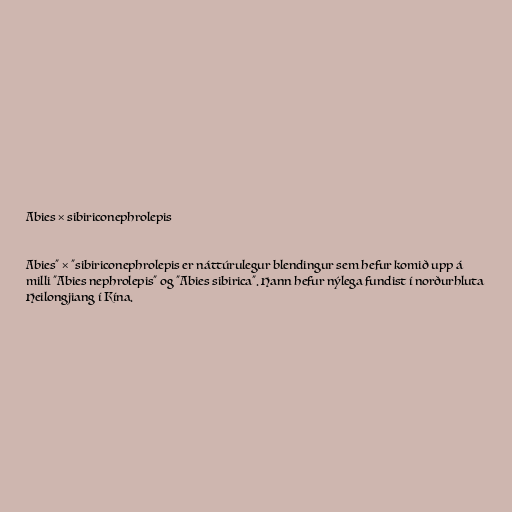
Abies × sibiriconephrolepis

Abies" × "sibiriconephrolepis er náttúrulegur blendingur sem hefur komið upp á
milli "Abies nephrolepis" og "Abies sibirica". Hann hefur nýlega fundist í norðurhluta
Heilongjiang í Kína.